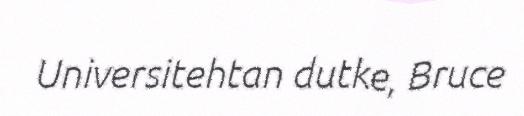
Universitehtan dutke, Bruce